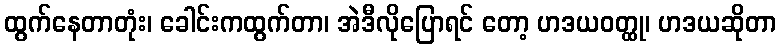
ထွက်နေတာတုံး၊ ခေါင်းကထွက်တာ၊ အဲဒီလိုပြောရင် တော့ ဟဒယဝတ္ထု၊ ဟဒယဆိုတာ